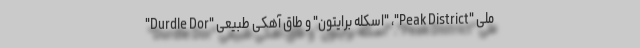
ملی "Peak District"، "اسکله برایتون" و طاق آهکی طبیعی "Durdle Dor"